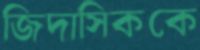
জিদাসিককে